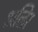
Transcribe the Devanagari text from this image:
अलिर